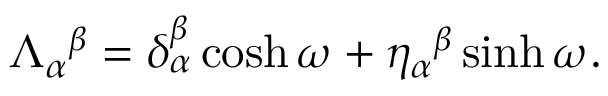
\Lambda _ { \alpha } { } ^ { \beta } = \delta _ { \alpha } ^ { \beta } \cosh \omega + \eta _ { \alpha } { } ^ { \beta } \sinh \omega .